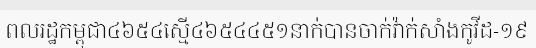
ពលរដ្ឋកម្ពុជា៤៦៥៤ស្មើ៤៦៥៤៤៥១នាក់បានចាក់វ៉ាក់សាំងកូវីដ-១៩